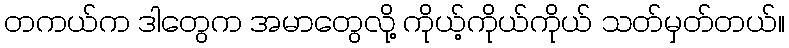
တကယ်က ဒါတွေက အမာတွေလို့ ကိုယ့်ကိုယ်ကိုယ် သတ်မှတ်တယ်။